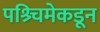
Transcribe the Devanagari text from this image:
पश्र्चिमेकडून